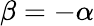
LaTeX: \beta=-\alpha